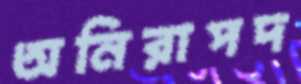
অনিরাপদ